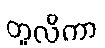
တူလိကာ